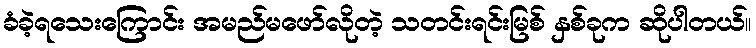
ခံခဲ့ရသေးကြောင်း အမည်မဖော်လိုတဲ့ သတင်းရင်းမြစ် နှစ်ခုက ဆိုပါတယ်။